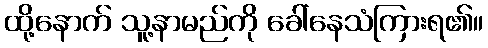
ထို့နောက် သူ့နာမည်ကို ခေါ်နေသံကြားရ၏။